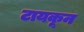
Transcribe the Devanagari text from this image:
टायकून